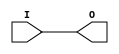
module IBUFG_HSTL_III_18 (O, I);

    output O;

    input  I;

	buf B1 (O, I);


endmodule